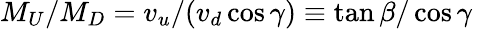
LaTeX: M_{U}/M_{D}=v_{u}/(v_{d}\cos\gamma)\equiv\tan\beta/\cos\gamma\,